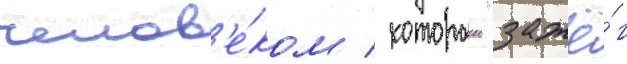
челов'е́ком / которыи "зажё́г